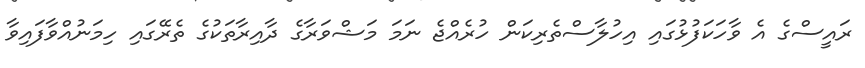
ރައީސްގެ އެ ވާހަކަފުޅުގައި އިހުލާސްތެރިކަން ހުރެއްޖެ ނަމަ މަޝްވަރާގެ ދާއިރާތަކުގެ ތެރޭގައި ހިމަނުއްވާފައިވާ